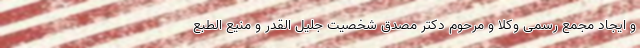
و ایجاد مجمع رسمی وکلا و مرحوم دکتر مصدق شخصیت جلیل القدر و منیع الطبع